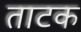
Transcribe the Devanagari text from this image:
ताटक